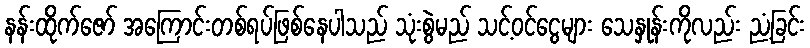
နန်းထိုက်ဇော် အကြောင်းတစ်ရပ်ဖြစ်နေပါသည် သုံးစွဲမည် သင့်ဝင်ငွေများ သေနှုန်းကိုလည်း ညံ့ခြင်း